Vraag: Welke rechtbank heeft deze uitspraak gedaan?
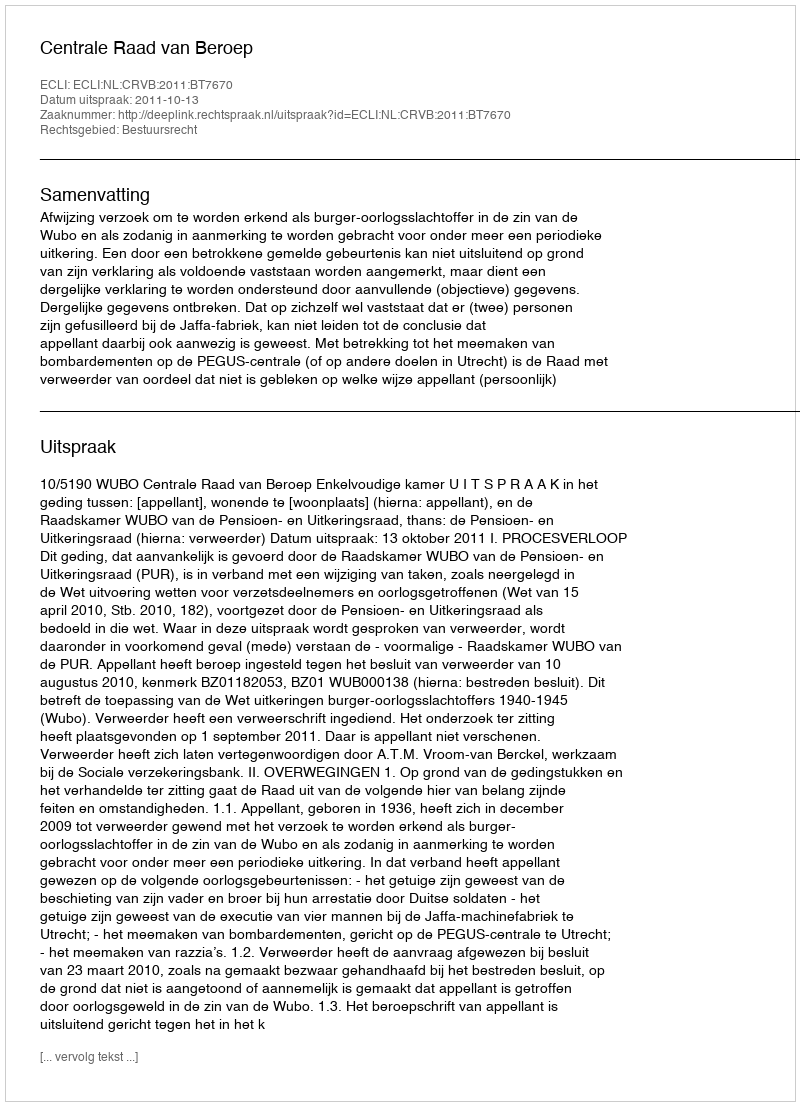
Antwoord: Centrale Raad van Beroep